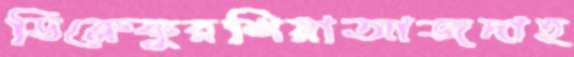
ডিক্লেকুরশিয়াআজদাহ